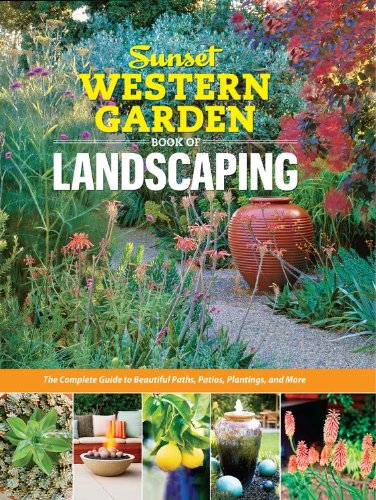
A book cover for Sunset Western Garden Book of Landscaping: The Complete Guide to Beautiful Paths, Patios, Plantings, and More; The Editors of Sunset Magazine; Crafts, Hobbies & Home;